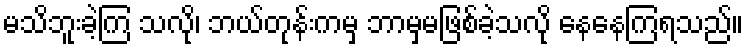
မသိဘူးခဲ့ကြ သလို၊ ဘယ်တုန်းကမှ ဘာမှမဖြစ်ခဲ့သလို နေနေကြရသည်။